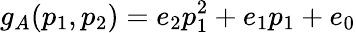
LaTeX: g_{A}(p_{1},p_{2})=e_{2}p_{1}^{2}+e_{1}p_{1}+e_{0}